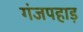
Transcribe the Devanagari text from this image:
गंजपहाड़